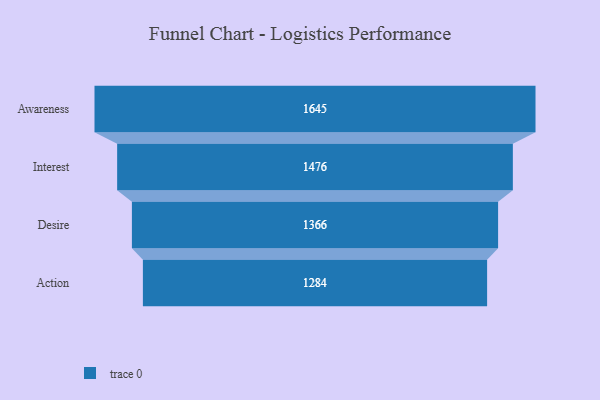
{"axis": {"x": "Stage", "y": "Value"}, "legend": [""], "data": [{"x": "Awareness", "y": 1645.0, "type": ""}, {"x": "Interest", "y": 1476.0, "type": ""}, {"x": "Desire", "y": 1366.0, "type": ""}, {"x": "Action", "y": 1284.0, "type": ""}]}